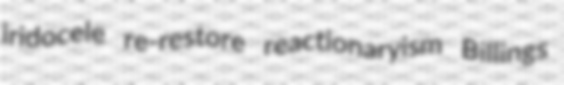
iridocele re-restore reactionaryism Billings